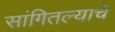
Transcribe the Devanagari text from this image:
सांगितल्याचे